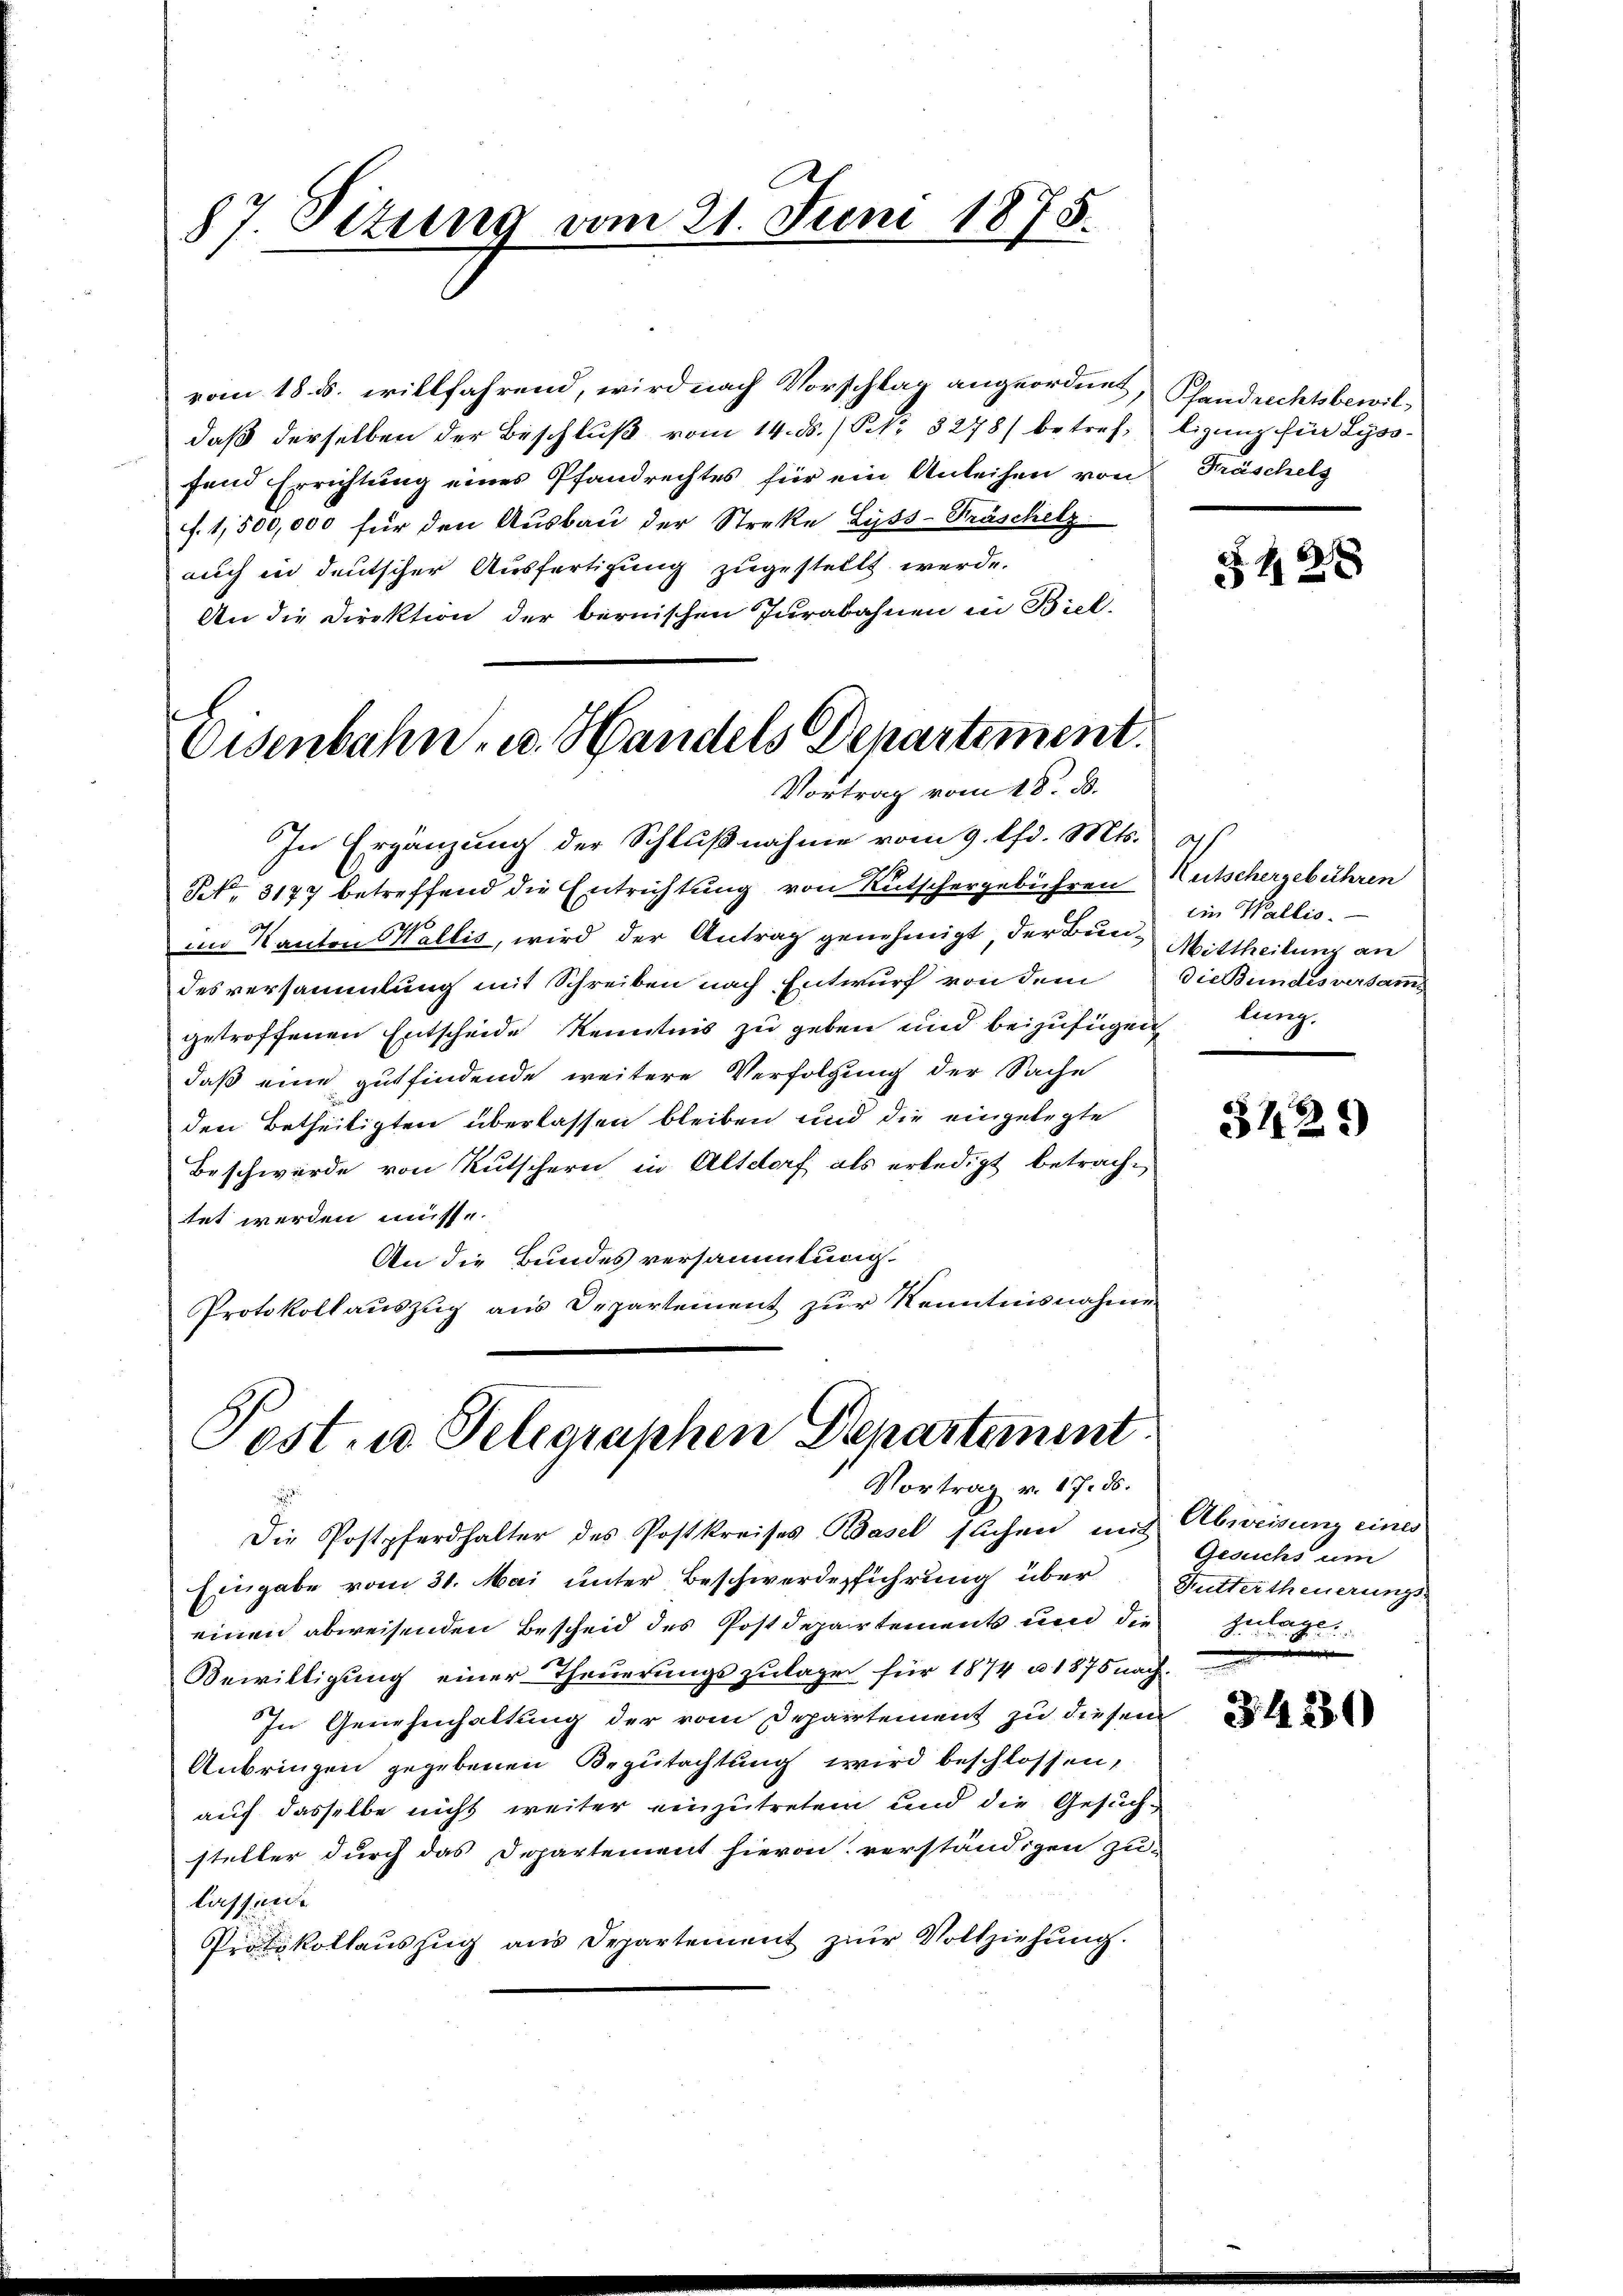
87. Sezung vom 21. Juni 1875.

vom 18. ds. willfahrend, wird nach Vorschlag angeordnet, Pfandrechtsbewildaß derselben der Beschluß vom 14. ds. / Nr. 8278/ betreftigung für Lysofend Errichtung eines Pfandrechtes für ein Anleihen von Fräschels
f. 1,500,000 für den Ausbau der Streke Lyss-Präschelz
auch in deutscher Ausfertigung zugestellt werde.
An die Direktion der bernischen Jurabahnen in Biel-
A
Eisenbahn- u. Handels Departement.

Vortrag vom 18. d.

In Ergänzung der Schlußnahme vom 9. lfd. Mts.
NNo. 3177 betreffend die Entrichtung von Rutschergebühren
im Kanton Wallis, wird der Antrag genehmigt, der Bundesversammlung mit Schreiben nach Entwurf von dem
getroffenen Entscheide Kenntnis zu geben und beizufügen lang,
daß eine gutfindende weitere Verfolgung der Sache
den Betheiligten überlassen bleiben und die eingelegte
Beschwerde von Rutschern in Altdorf als erledigt betrachtet werden müsse.
An die Bundes versammtung.
Protokollauszug aus Departement zur Kenntnisnahme

Post- u. Telegraphen Departement
Vortrag v. 17. ds.

Die Postpferdhalter des Postkreises Basel suchen mit
Eingabe vom 31. Mai unter Beschwerdeführung über
einen abweisenden Bescheid des Postdepartements und die Zulage
Bewilligung einer Theuerungszulage für 1874 u. 1875 nach.
In Genehmhaltung der vom Departement zu diesem
Anbringen gegebenen Begutachtung wird beschlossen,
auf dasselbe nicht weiter einzutreten und die Gesuchsteller durch das Departement hievon verständigen zu-
lassen
Protokollauszug aus Departement zur Vollziehung.

128

a
Heitschergebühren
ein Wallis.
Mittheilung an
diebundesversam

342*)

Abweisung eines
Gesuchs um
Buttertheuerungs-
d

34230